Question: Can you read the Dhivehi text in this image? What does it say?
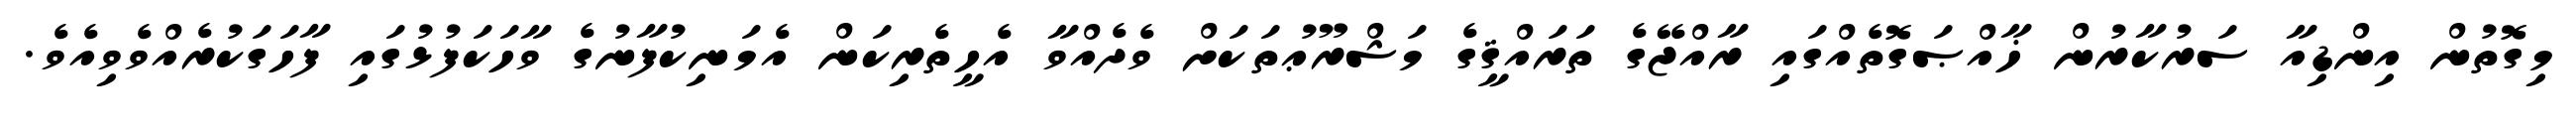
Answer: މިގޮތުން އިންޑިއާ ސަރުކާރުން ޚާއްޞަގޮތެއްގައި ރާއްޖޭގެ ތަރައްޤީގެ މަޝްރޫޢުތަކަށް ވެދެއްވާ އެހީތެރިކަން އެމަނިކުފާނުގެ ވާހަކަފުޅުގައި ފާހަގަކުރެއްވެވިއެވެ.